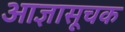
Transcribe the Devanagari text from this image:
आज्ञासूचक